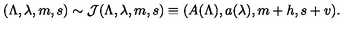
( \Lambda , \lambda , m , s ) \sim { \cal J } ( \Lambda , \lambda , m , s ) \equiv ( A ( \Lambda ) , a ( \lambda ) , m + h , s + v ) .